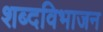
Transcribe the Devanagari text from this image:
शब्दविभाजन